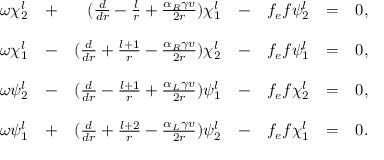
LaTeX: \begin{array} { r c r c r c l } { { \omega \chi _ { 2 } ^ { l } } } & { { + } } & { { ( \frac { d } { d r } - \frac { l } { r } + \frac { \alpha _ { R } \gamma v } { 2 r } ) \chi _ { 1 } ^ { l } } } & { { - } } & { { f _ { e } f \psi _ { 2 } ^ { l } } } & { { = } } & { { 0 , } } \\ { { } } & { { } } & { { } } & { { } } & { { } } & { { } } & { { } } \\ { { \omega \chi _ { 1 } ^ { l } } } & { { - } } & { { ( \frac { d } { d r } + \frac { l + 1 } { r } - \frac { \alpha _ { R } \gamma v } { 2 r } ) \chi _ { 2 } ^ { l } } } & { { - } } & { { f _ { e } f \psi _ { 1 } ^ { l } } } & { { = } } & { { 0 , } } \\ { { } } & { { } } & { { } } & { { } } & { { } } & { { } } & { { } } \\ { { \omega \psi _ { 2 } ^ { l } } } & { { - } } & { { ( \frac { d } { d r } - \frac { l + 1 } { r } + \frac { \alpha _ { L } \gamma v } { 2 r } ) \psi _ { 1 } ^ { l } } } & { { - } } & { { f _ { e } f \chi _ { 2 } ^ { l } } } & { { = } } & { { 0 , } } \\ { { } } & { { } } & { { } } & { { } } & { { } } & { { } } & { { } } \\ { { \omega \psi _ { 1 } ^ { l } } } & { { + } } & { { ( \frac { d } { d r } + \frac { l + 2 } { r } - \frac { \alpha _ { L } \gamma v } { 2 r } ) \psi _ { 2 } ^ { l } } } & { { - } } & { { f _ { e } f \chi _ { 1 } ^ { l } } } & { { = } } & { { 0 . } } \end{array}